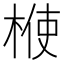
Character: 𣔤